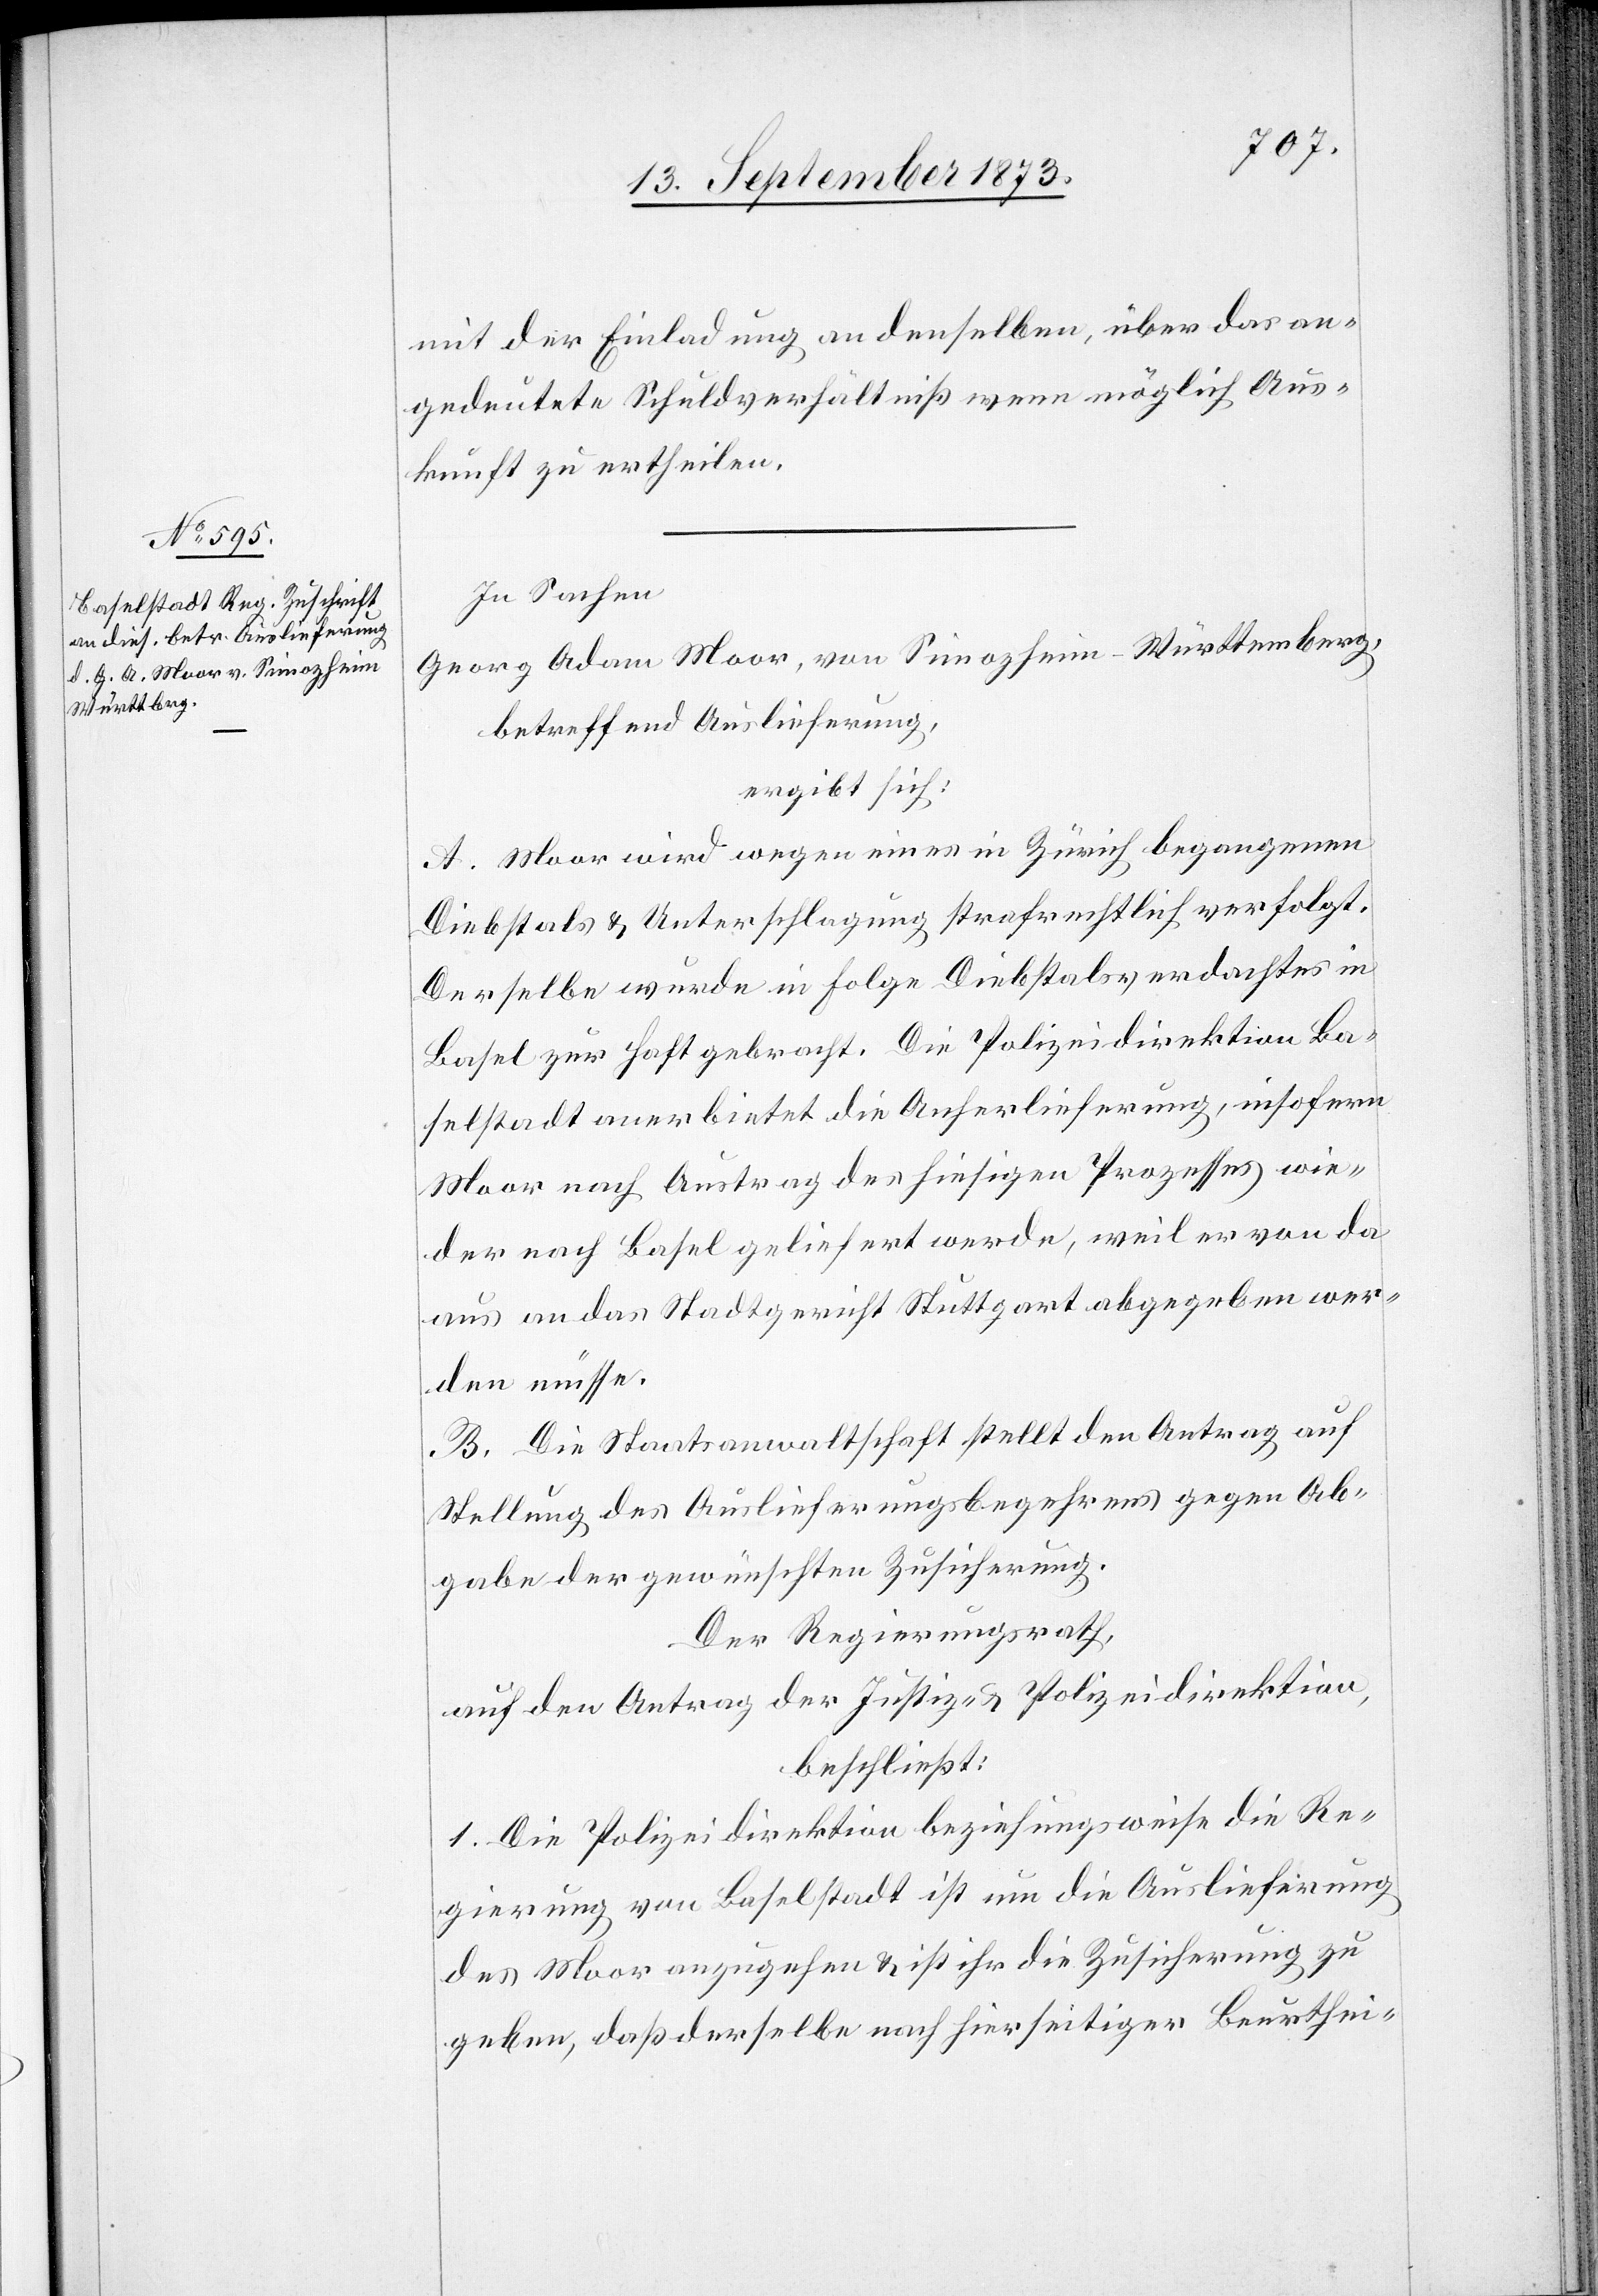
13. September 1873.]
mit der Einladung an denselben, über das an¬
gedeutete Schuldverhältniß wenn möglich Aus¬
kunft zu ertheilen.
In Sachen
Georg Adam Moor, von Simozheim-Württemberg,
betreffend Auslieferung,
ergibt sich:
A. Moor wird wegen eines in Zürich begangenen
Diebstals & Unterschlagung strafrechtlich verfolgt.
Derselbe wurde in Folge Diebstalsverdachtes in
Basel zur Haft gebracht. Die Polizeidirektion Ba¬
selstadt anerbietet die Anherlieferung, insofern
Moor nach Austrag des hiesigen Prozesses wie¬
der nach Basel geliefert werde, weil er von da
aus an das Stadtgericht Stuttgart abgegeben wer¬
den müsse.
B. Die Staatsanwaltschaft stellt den Antrag auf
Stellung des Auslieferungsbegehrens gegen Ab¬
gabe der gewünschten Zusicherung.
Der Regierungsrath,
auf den Antrag der Justiz- & Polizeidirektion,
beschließt:
1. Die Polizeidirektion beziehungsweise die Re¬
gierung von Baselstadt ist um die Auslieferung
des Moor anzugehen & ist ihr die Zusicherung zu
geben, daß derselbe nach hierseitiger Beurthei-